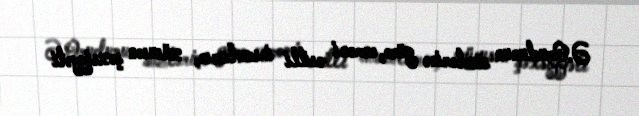
Ə.Oruclunun sözlərinə görə, erməni əsilli insanların, xüsusən şəxsiyyəti